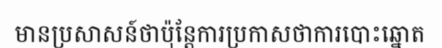
មានប្រសាសន៍ថាប៉ុន្តែការប្រកាសថាការបោះឆ្នោត